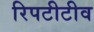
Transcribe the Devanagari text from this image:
रिपटीटीव